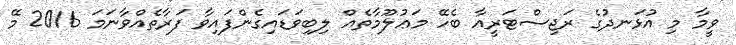
ވީމާ މި އުޅަނދުގެ ރަޖިސްޓަރީއާ ބެހޭ މަޢުލޫމާތެއް ލިބިވަޑައިގެންފައިވާ ފަރާތެއްވާނަމަ 2016 މޭ